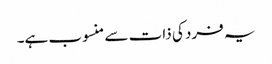
یہ فرد کی ذات سے منسوب ہے۔